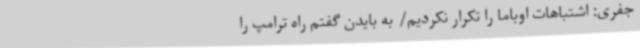
جفری: اشتباهات اوباما را تکرار نکردیم/ به بایدن گفتم راه ترامپ را